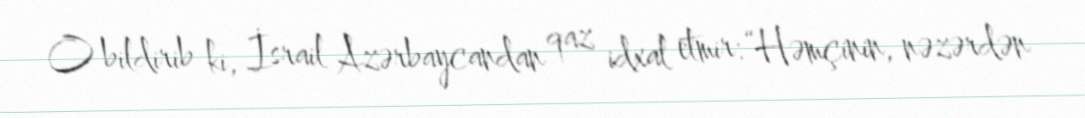
O bildirib ki, İsrail Azərbaycandan qaz idxal etmir: “Həmçinin, nəzərdən